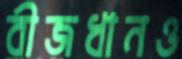
বীজধানও